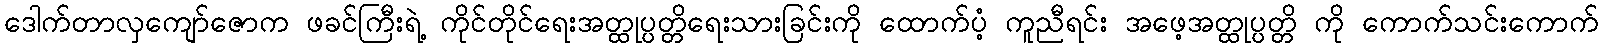
ဒေါက်တာလှကျော်ဇောက ဖခင်ကြီးရဲ့ ကိုင်တိုင်ရေးအတ္ထုပ္ပတ္တိရေးသားခြင်းကို ထောက်ပံ့ ကူညီရင်း အဖေ့အတ္ထုပ္ပတ္တိ ကို ကောက်သင်းကောက်